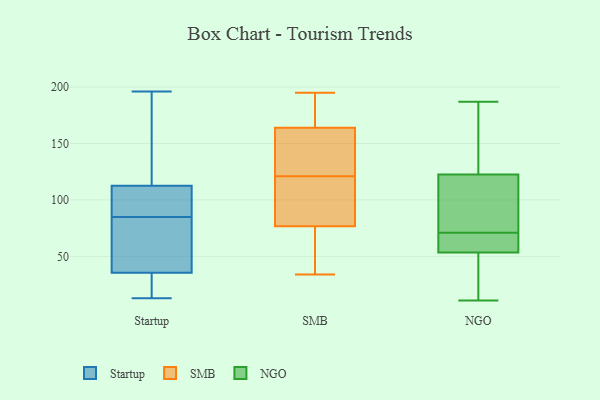
{"axis": {"x": "Customer Acquisition Cost (USD)", "y": "Value"}, "legend": ["NGO", "SMB", "Startup"], "data": [{"x": "", "y": 67, "type": "Startup"}, {"x": "", "y": 196, "type": "Startup"}, {"x": "", "y": 29, "type": "Startup"}, {"x": "", "y": 13, "type": "Startup"}, {"x": "", "y": 32, "type": "Startup"}, {"x": "", "y": 31, "type": "Startup"}, {"x": "", "y": 196, "type": "Startup"}, {"x": "", "y": 22, "type": "Startup"}, {"x": "", "y": 87, "type": "Startup"}, {"x": "", "y": 97, "type": "Startup"}, {"x": "", "y": 130, "type": "Startup"}, {"x": "", "y": 90, "type": "Startup"}, {"x": "", "y": 76, "type": "Startup"}, {"x": "", "y": 128, "type": "Startup"}, {"x": "", "y": 39, "type": "Startup"}, {"x": "", "y": 74, "type": "Startup"}, {"x": "", "y": 83, "type": "Startup"}, {"x": "", "y": 89, "type": "Startup"}, {"x": "", "y": 94, "type": "Startup"}, {"x": "", "y": 141, "type": "Startup"}, {"x": "", "y": 41, "type": "SMB"}, {"x": "", "y": 74, "type": "SMB"}, {"x": "", "y": 138, "type": "SMB"}, {"x": "", "y": 106, "type": "SMB"}, {"x": "", "y": 130, "type": "SMB"}, {"x": "", "y": 85, "type": "SMB"}, {"x": "", "y": 170, "type": "SMB"}, {"x": "", "y": 34, "type": "SMB"}, {"x": "", "y": 146, "type": "SMB"}, {"x": "", "y": 173, "type": "SMB"}, {"x": "", "y": 180, "type": "SMB"}, {"x": "", "y": 65, "type": "SMB"}, {"x": "", "y": 195, "type": "SMB"}, {"x": "", "y": 87, "type": "SMB"}, {"x": "", "y": 121, "type": "SMB"}, {"x": "", "y": 102, "type": "NGO"}, {"x": "", "y": 71, "type": "NGO"}, {"x": "", "y": 187, "type": "NGO"}, {"x": "", "y": 178, "type": "NGO"}, {"x": "", "y": 124, "type": "NGO"}, {"x": "", "y": 117, "type": "NGO"}, {"x": "", "y": 11, "type": "NGO"}, {"x": "", "y": 28, "type": "NGO"}, {"x": "", "y": 55, "type": "NGO"}, {"x": "", "y": 70, "type": "NGO"}, {"x": "", "y": 43, "type": "NGO"}, {"x": "", "y": 156, "type": "NGO"}, {"x": "", "y": 122, "type": "NGO"}, {"x": "", "y": 58, "type": "NGO"}, {"x": "", "y": 60, "type": "NGO"}, {"x": "", "y": 49, "type": "NGO"}, {"x": "", "y": 80, "type": "NGO"}]}